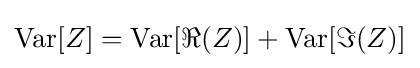
\operatorname {Var} [Z]=\operatorname {Var} [\Re {(Z)}]+\operatorname {Var} [\Im {(Z)}]